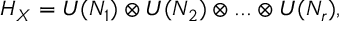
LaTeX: H _ { X } = U ( N _ { 1 } ) \otimes U ( N _ { 2 } ) \otimes . . . \otimes U ( N _ { r } ) ,